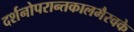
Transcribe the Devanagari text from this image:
दर्शनोपरान्तकालभैरवके